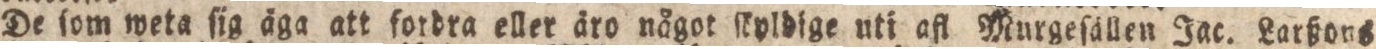
De ſom weta ſig äga att fotdra eller äro något stpldige uti afl Murgeſällen Jac. Larßons